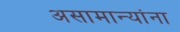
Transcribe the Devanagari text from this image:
असामान्यांना